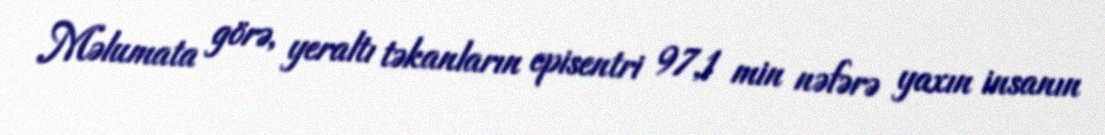
Məlumata görə, yeraltı təkanların episentri 97,1 min nəfərə yaxın insanın